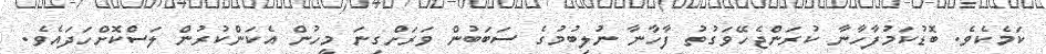
ކަމެކެވެ. ބޮޑުކަމުފާހާނާ ކުރަންޖެހޭވަގުތު ފާހާނާ ނުލިބުމުގެ ސަބަބުން ވަރަށްގިނަ މީހުން އެކަންކުރުން ލަސްކޮށްހަދައެވެ.